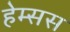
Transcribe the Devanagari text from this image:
हेम्सस